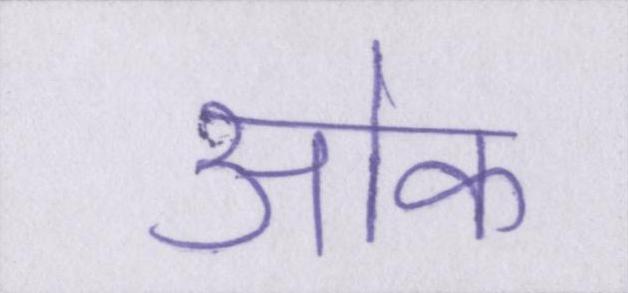
ओक